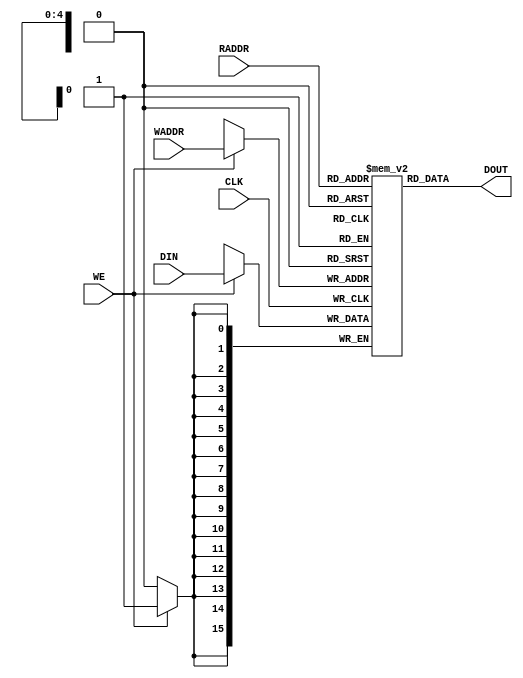

`ifdef BSV_ASSIGNMENT_DELAY
`else
`define BSV_ASSIGNMENT_DELAY
`endif

// A dual port RAM model 
// this model has synchronous Write port and an
// asynchronous read port. 
//  Hence the read can be on different clock than the write port
module DualPortRam(
                   CLK,         // write clock
                   WE, 
                   WADDR, 
                   DIN,
                   RADDR, 
                   DOUT
                   );

   parameter addrWidth = 5;        // number of bits in address-bus
   parameter dataWidth = 16;       // number of bits in data-bus

   // write port
   input                  CLK;             // write clock
   
   input                  WE;              // write enable (active high)
   input [addrWidth-1:0]  WADDR;    // write address
   input [dataWidth-1:0]  DIN;      // data input

   // read port
   input [addrWidth-1:0] RADDR;   // read address
   output [dataWidth-1:0] DOUT;    // data output

   
   reg [dataWidth-1:0]    memArray [(1<<addrWidth) -1:0] ;

   // read operation -- combinational operation
   assign                 DOUT = memArray[RADDR];

   // write operation
   always @(posedge CLK)
      begin
         if (WE)
            begin
               memArray[WADDR] <= `BSV_ASSIGNMENT_DELAY DIN;
            end
      end // always @ (posedge WCLK)
   
   
`ifdef BSV_NO_INITIAL_BLOCKS
`else // not BSV_NO_INITIAL_BLOCKS
   // synopsys translate_off
   initial
     begin : init_block
        integer          i; 		// temporary for generate reset value
        for (i = 0; i < (1<<addrWidth); i = i + 1)
          begin
             memArray[i] = {((dataWidth + 1)/2){2'b10}} ;
          end 
     end // initial begin   
   // synopsys translate_on
`endif // BSV_NO_INITIAL_BLOCKS

endmodule